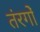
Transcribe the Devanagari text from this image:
तंरगोँ